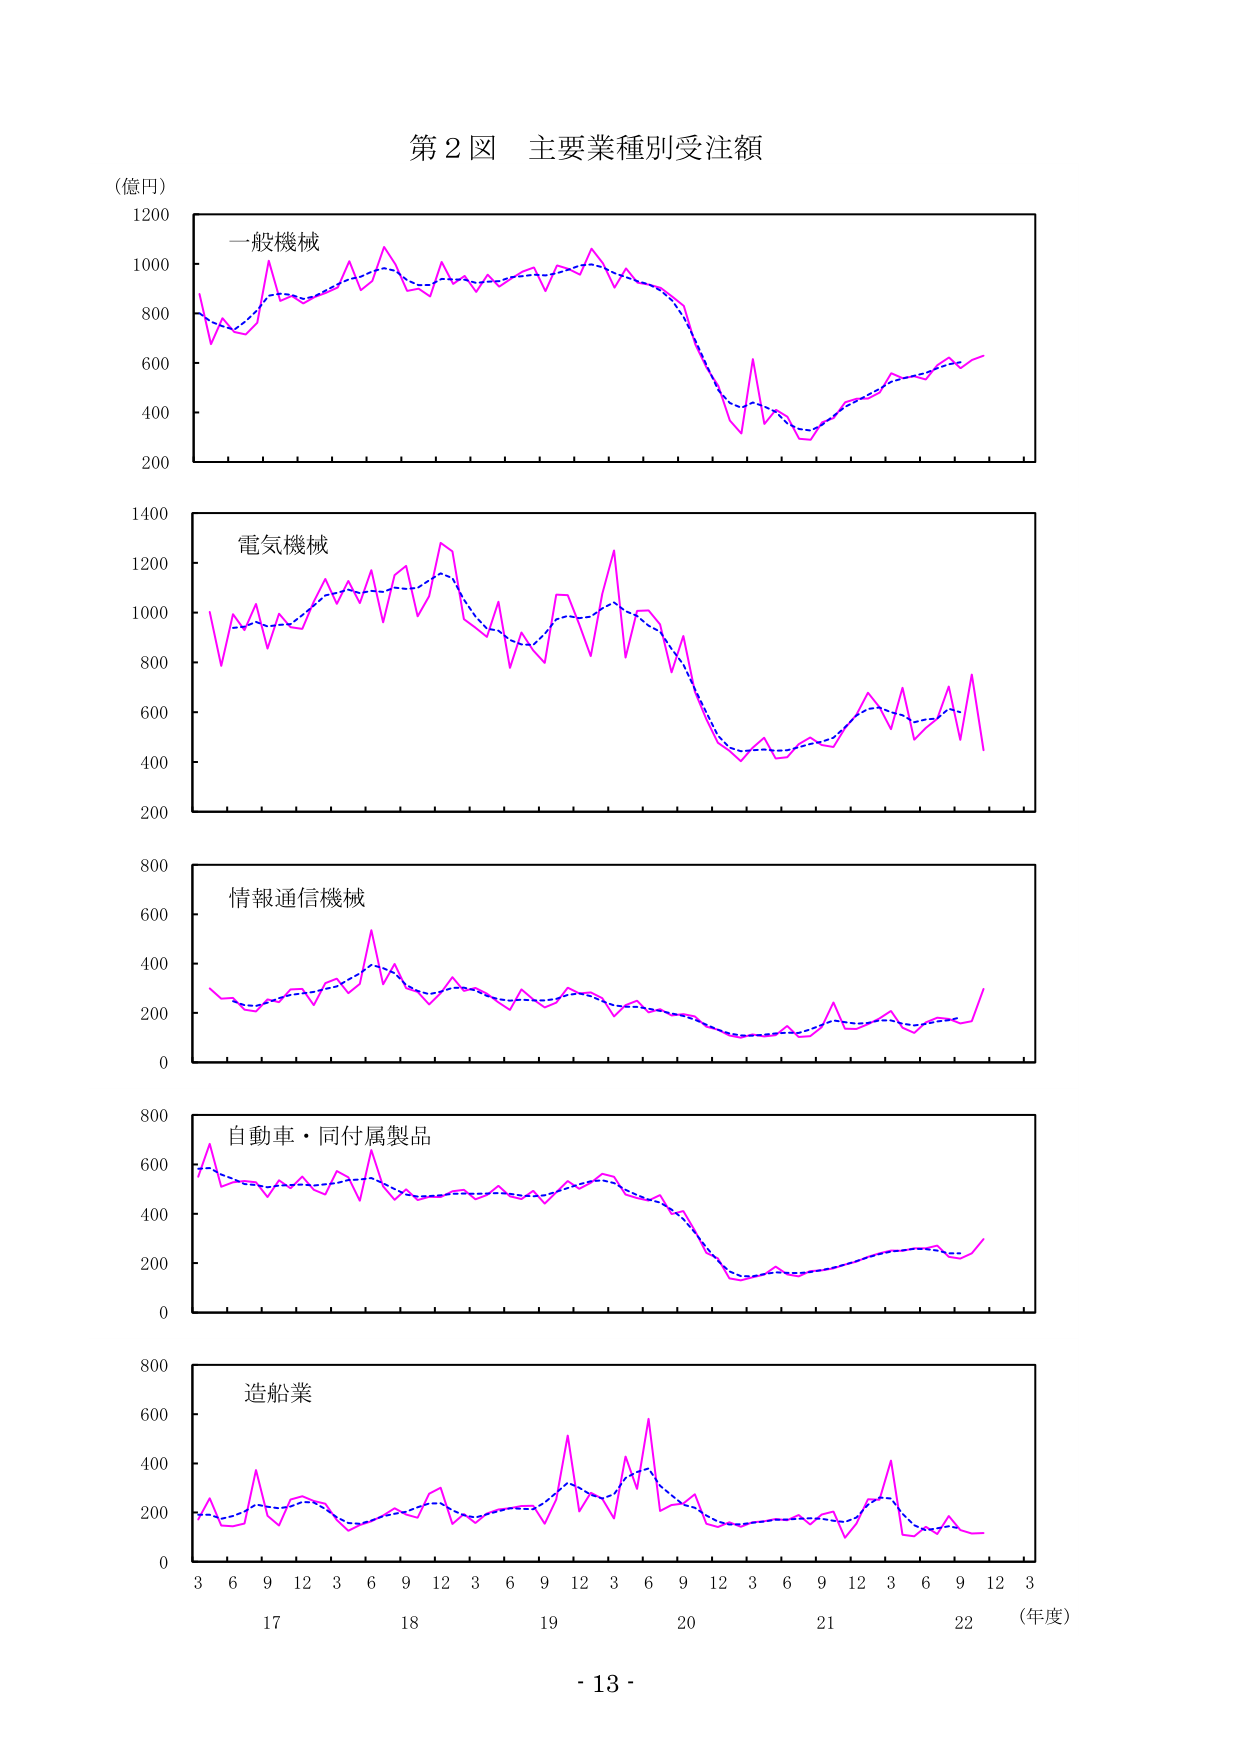
第２図 主要業種別受注額
（億円）
一般機械
電気機械
情報通信機械
自動車・同付属製品
造船業
3 6 9 12 3 6 9 12 3 6 9 12 3 6 9 12 3 6 9 12 3
17 18 19 20 21 22 （年度）
- 13 -